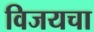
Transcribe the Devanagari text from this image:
विजयचा